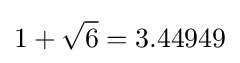
1+{\sqrt {6}}=3.44949